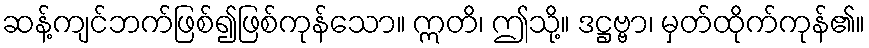
ဆန့်ကျင်ဘက်ဖြစ်၍ဖြစ်ကုန်သော။ ဣတိ၊ ဤသို့။ ဒဋ္ဌဗ္ဗာ၊ မှတ်ထိုက်ကုန်၏။